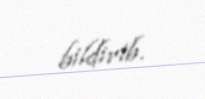
bildirib.